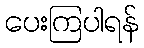
ပေးကြပါရန်